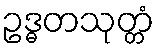
ဥဒ္ဓတသုတ္တံ